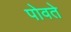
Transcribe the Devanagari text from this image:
पोवते